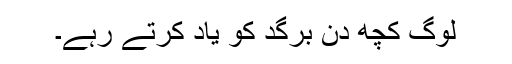
لوگ کچھ دن برگد کو یاد کرتے رہے۔